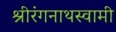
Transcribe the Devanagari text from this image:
श्रीरंगनाथस्वामी